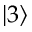
\lvert 3 \rangle